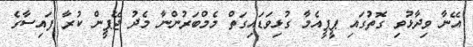
އޭނާ ވިދާޅުވި ގޮތުގައި ޕީޕީއެމާ ގުޅިވަޑައިގަތް މެމްބަރުންނާ މެދު ޖޭޕީން ކުރާ ފައިސާގެ